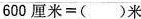
$$6 0 0 厘 米 = ( ) 米$$